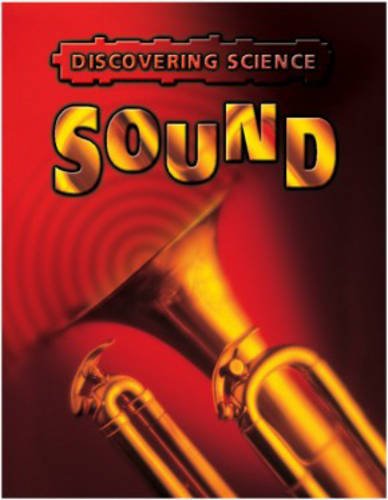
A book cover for Sound (Discovering Science) (Discovering Science); Rebecca Hunter; Children's Books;